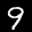
Label: 9